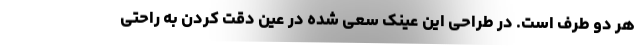
هر دو طرف است. در طراحی این عینک سعی شده در عین دقت کردن به راحتی